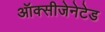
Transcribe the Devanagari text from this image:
ऑक्सीजेनेटेड